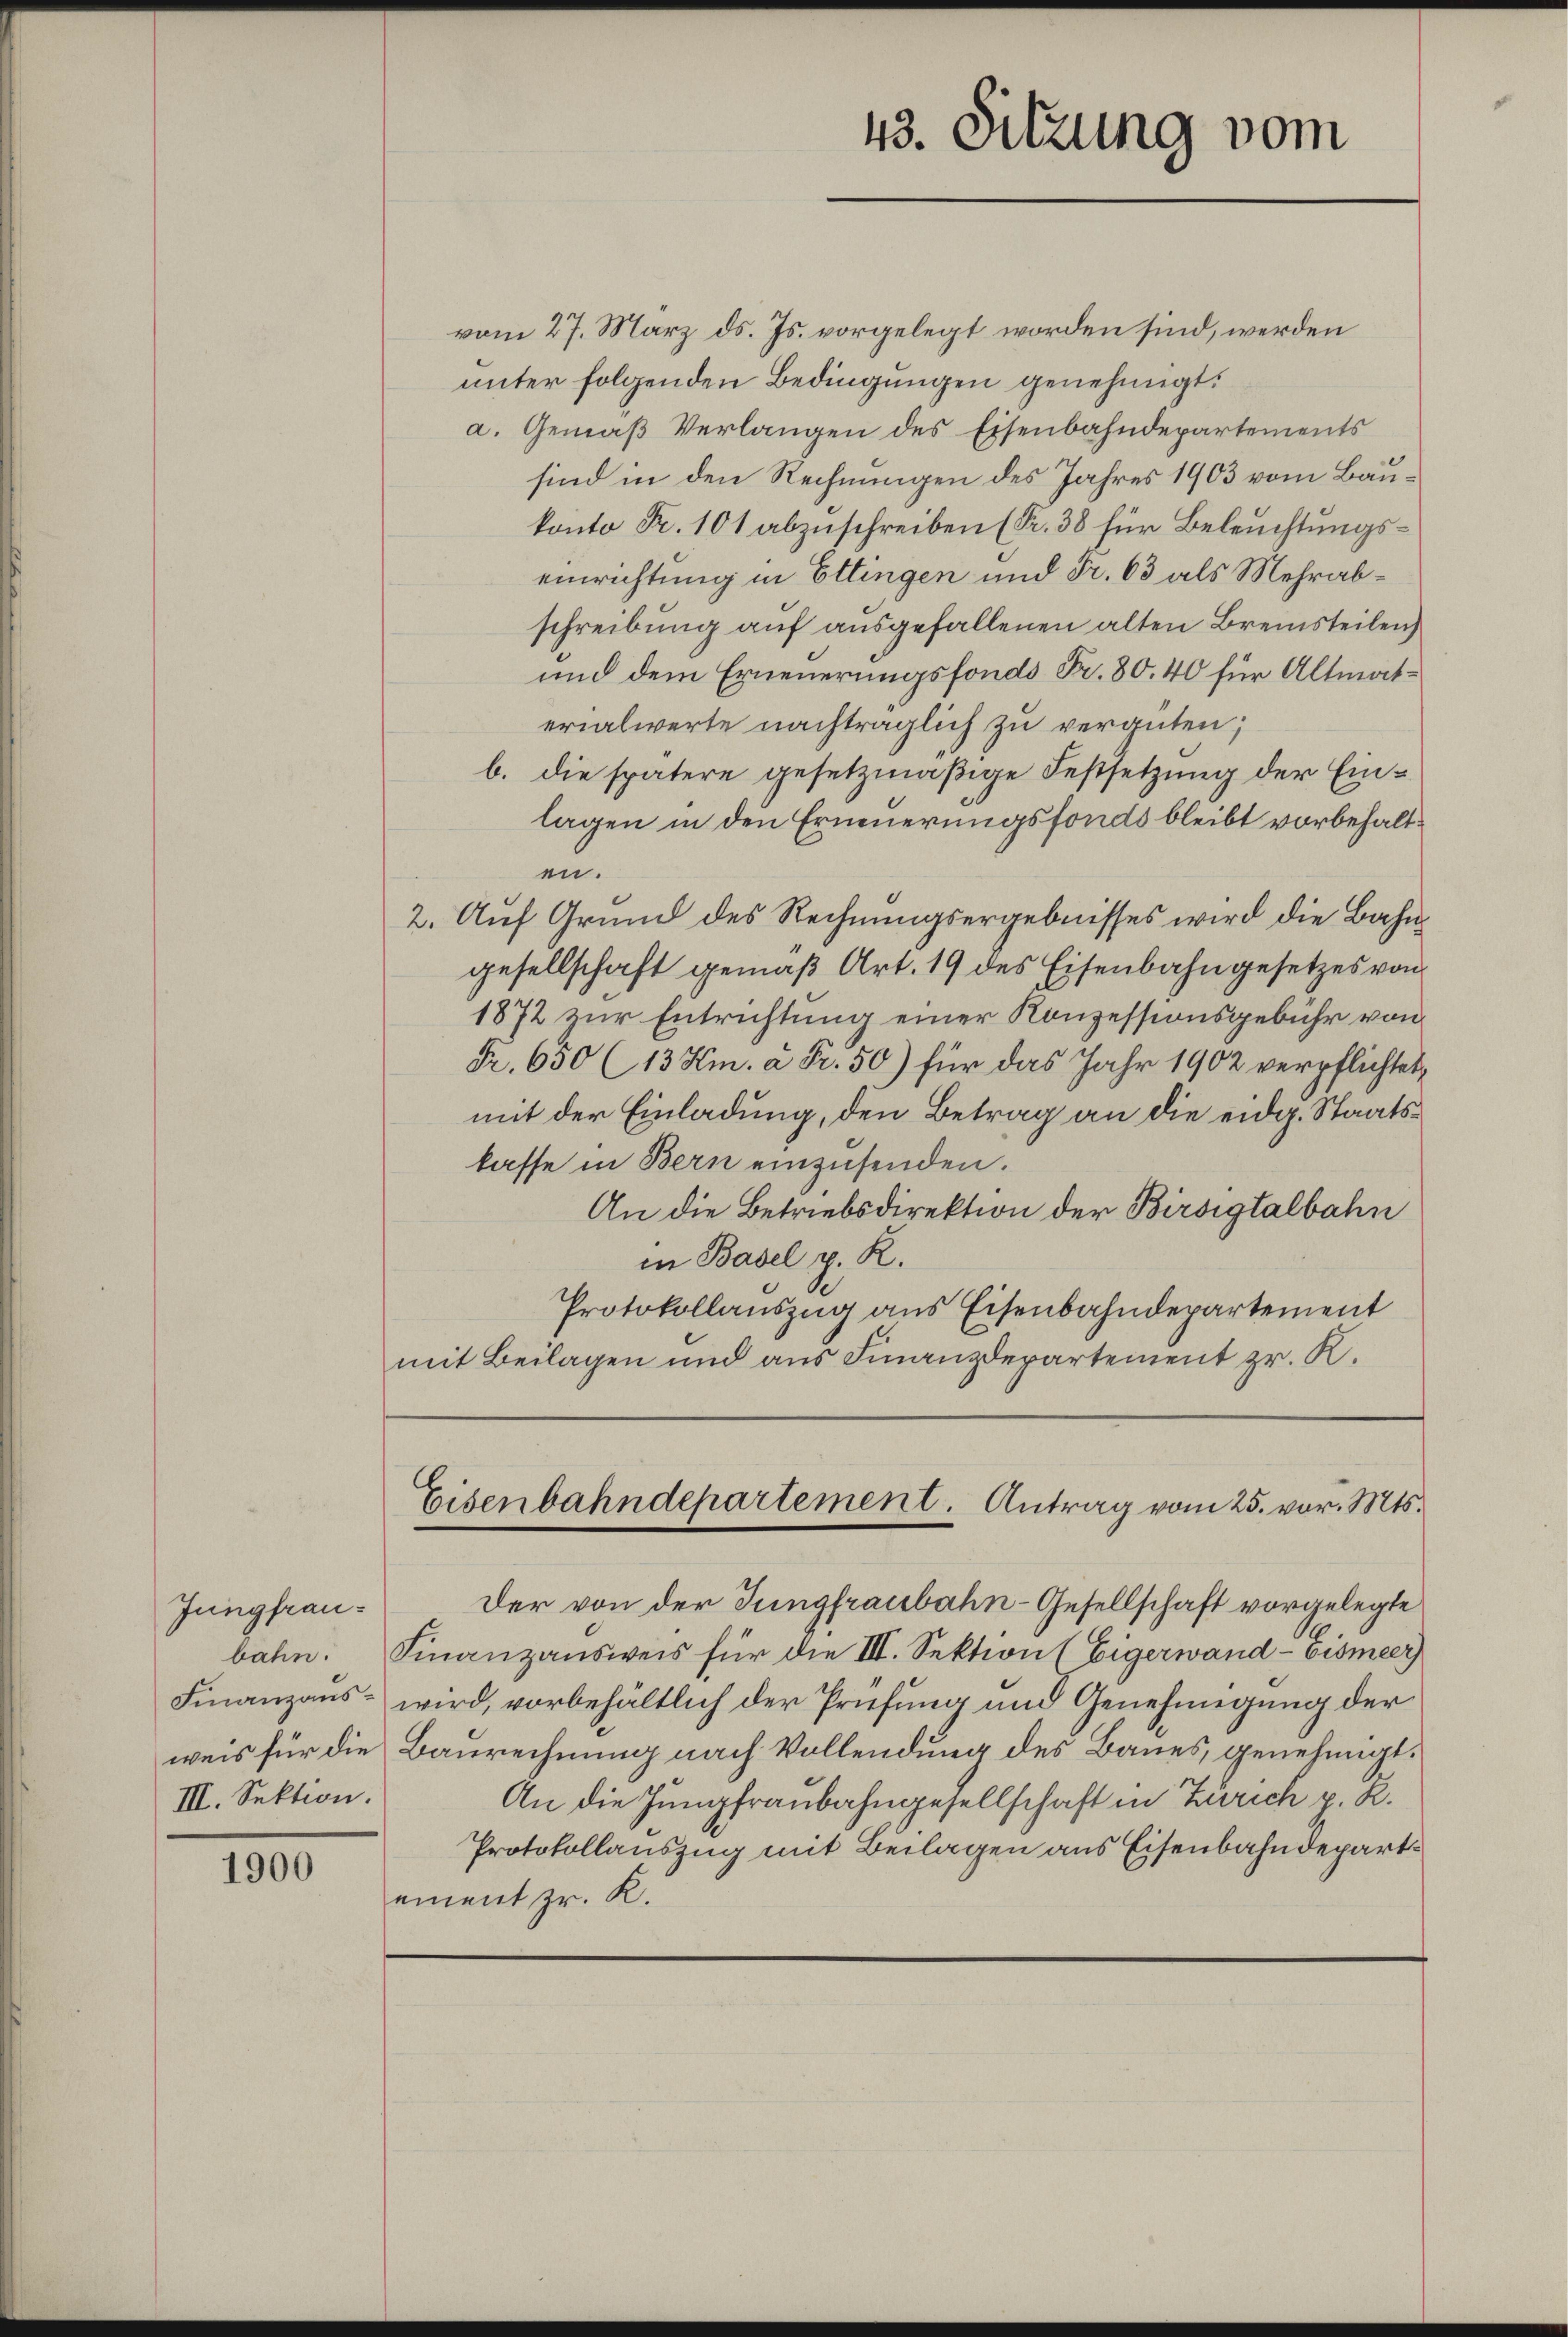
Jungfrau¬
III. Sektion.

1900

vom 27. März ds. Js. vorgelegt worden sind, werden
unter folgenden Bedingungen genehmigt.
a. Gemäß Verlangen des Eisenbahndepartements
sind in den Rechnungen des Jahres 1903 vom Baukonto Fr. 101 abzuschreiben (Fr. 38 für Beleuchtungseinrichtung in Ettingen und Fr. 63 als Mehrabschreibung auf ausgefallenen alten Bremsteilen
und dem Erneuerungsfonds Fr. 80. 40 für Altmaterialwerte nachträglich zu vergüten;
b. die spätere gesetzmäßige Festsetzung der Einlagen in den Erneuerungsfonds bleibt vorbehalten.
2. Auf Grund des Rechnungsergebnisses wird die Bahngesellschaft gemäß Art. 19 des Eisenbahngesetzes von
1872 zur Entrichtung einer Konzessionsgebühr von
Fr. 650 (13 Hm. à Fr. 50) für das Jahr 1902 verpflichtet,
mit der Einladung, den Betrag an die eidg. Staatskasse in Bern einzusenden.
An die Betriebsdirektion der Birsigtalbahn
in Basel p. R.
Protokollauszug aus Eisenbahndepartement
mit Beilagen und aus Finanzdepartement zr. K.

43. Sitzung vom

Eisenbahndepartement. Antrag vom 25. vor. Mts.

Der von der Jungfraubahn-Gesellschaft vorgelegte
bahn. Finanzausweis für die III. Sektion (Eigerwand-Eismeer
Finanzaus- wird, vorbehältlich der Prüfung und Genehmigung der
weis für die Baurechnung nach Vollendung des Baues, genehmigt.
An die Jungfraubahngesellschaft in Zürich p. R.
Protokollauszug mit Beilagen aus Eisenbahndepart.
ement pr. K.